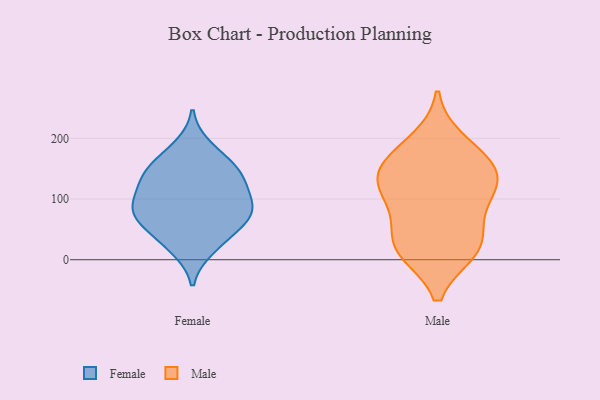
{"axis": {"x": "Backlog", "y": "Value"}, "legend": ["Female", "Male"], "data": [{"x": "", "y": 18, "type": "Female"}, {"x": "", "y": 146, "type": "Female"}, {"x": "", "y": 62, "type": "Female"}, {"x": "", "y": 126, "type": "Female"}, {"x": "", "y": 147, "type": "Female"}, {"x": "", "y": 81, "type": "Female"}, {"x": "", "y": 161, "type": "Female"}, {"x": "", "y": 186, "type": "Female"}, {"x": "", "y": 128, "type": "Female"}, {"x": "", "y": 76, "type": "Female"}, {"x": "", "y": 29, "type": "Female"}, {"x": "", "y": 89, "type": "Female"}, {"x": "", "y": 56, "type": "Female"}, {"x": "", "y": 82, "type": "Female"}, {"x": "", "y": 106, "type": "Female"}, {"x": "", "y": 40, "type": "Male"}, {"x": "", "y": 144, "type": "Male"}, {"x": "", "y": 83, "type": "Male"}, {"x": "", "y": 19, "type": "Male"}, {"x": "", "y": 111, "type": "Male"}, {"x": "", "y": 15, "type": "Male"}, {"x": "", "y": 17, "type": "Male"}, {"x": "", "y": 137, "type": "Male"}, {"x": "", "y": 150, "type": "Male"}, {"x": "", "y": 195, "type": "Male"}, {"x": "", "y": 112, "type": "Male"}, {"x": "", "y": 170, "type": "Male"}]}